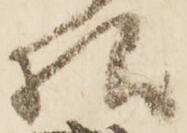
様